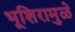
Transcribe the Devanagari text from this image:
भूशिरामुळे